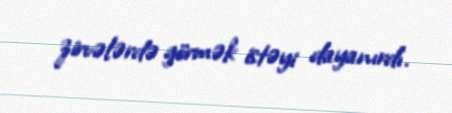
zirvələrdə görmək istəyi dayanırdı.